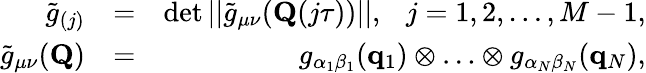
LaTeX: \begin{array}{rlr}{\tilde{g}_{(j)}}&{=}&{\operatorname*{det}||\tilde{g}_{\mu\nu}(\mathbf{Q}(j\tau))||,~~~j=1,2,\ldots,M-1,}\\ {\tilde{g}_{\mu\nu}(\mathbf{Q})}&{=}&{g_{\alpha_{1}\beta_{1}}(\mathbf{q}_{1})\otimes\ldots\otimes g_{\alpha_{N}\beta_{N}}(\mathbf{q}_{N}),}\end{array}